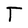
Character: T